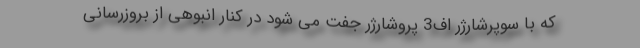
که با سوپرشارژر اف3 پروشارژر جفت می شود در کنار انبوهی از بروزرسانی